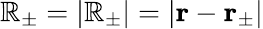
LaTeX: \mathbb{R}_{\pm}=\left|\mathbf{{\mathbb{R}}}_{\pm}\right|=\left|\mathbf{{r}}-\mathbf{{r}}_{\pm}\right|